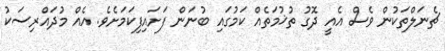
ޗެނަލްތަކުން ވެސް އެއީ ދޮގު ތުޚުމަތެއް ކަމުގައި ބުނަން ފަށައިފިކަމަށެވެ. އެއް މުދައްރިސަކު